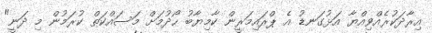
އިރާދަކުރެއްވިއްޔާ އަޅުގަނޑު އެ ޕްރައިމަރީން ކާމިޔާބު ހޯދުމަށް މަސައްކަތް ކުރަމުން މި ދަނީ"